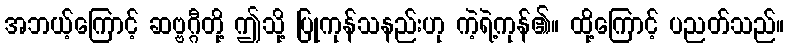
အဘယ့်ကြောင့် ဆဗ္ဗဂ္ဂီတို့ ဤသို့ ပြုကုန်သနည်းဟု ကဲ့ရဲ့ကုန်၏။ ထို့ကြောင့် ပညတ်သည်။